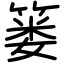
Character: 篓